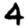
Digit: 4